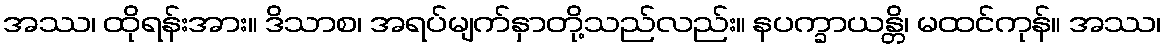
အဿ၊ ထိုရန်းအား။ ဒိသာစ၊ အရပ်မျက်နှာတို့သည်လည်း။ နပက္ခာယန္တိ၊ မထင်ကုန်။ အဿ၊